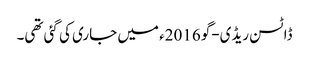
ڈاٹسن ریڈی-گو 2016ء میں جاری کی گئی تھی۔